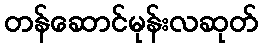
တန်ဆောင်မုန်းလဆုတ်